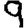
Digit: 9